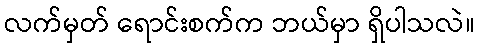
လက်မှတ် ရောင်းစက်က ဘယ်မှာ ရှိပါသလဲ။